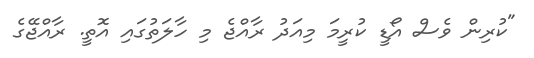
"ކުރިން ވެސް އޯޑީ ކުރީމަ މިއަދު ރާއްޖެ މި ހާލަތުގައި އޮތީ. ރާއްޖޭގެ